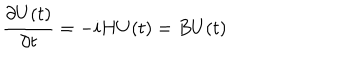
{ \frac { \partial U ( t ) } { \partial t } } = - i H U ( t ) = B U ( t )